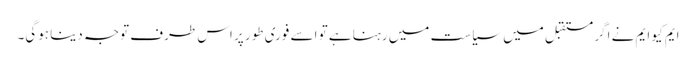
ایم کیو ایم نے اگر مستقبل میں سیاست میں رہنا ہے تو اسے فوری طور پر اس طرف توجہ دینا ہوگی۔